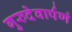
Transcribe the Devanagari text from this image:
गुरुदेवार्पणं